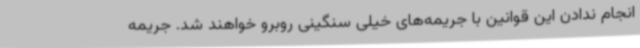
انجام ندادن این قوانین با جریمه‌های خیلی سنگینی روبرو خواهند شد. جریمه